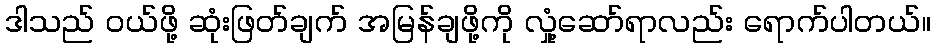
ဒါသည် ဝယ်ဖို့ ဆုံးဖြတ်ချက် အမြန်ချဖို့ကို လှုံ့ဆော်ရာလည်း ရောက်ပါတယ်။